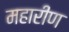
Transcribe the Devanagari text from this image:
महारीण